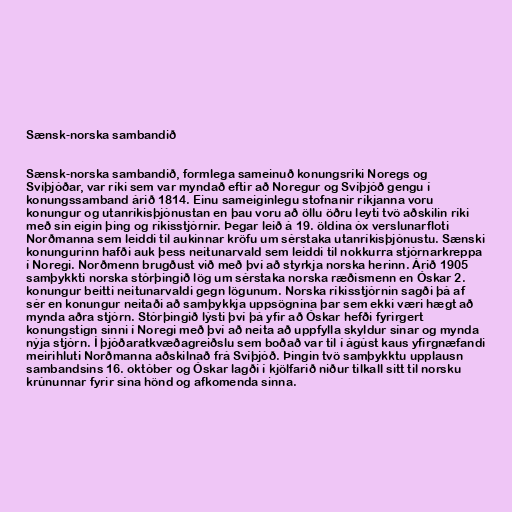
Sænsk-norska sambandið

Sænsk-norska sambandið, formlega sameinuð konungsríki Noregs og
Svíþjóðar, var ríki sem var myndað eftir að Noregur og Svíþjóð gengu í
konungssamband árið 1814. Einu sameiginlegu stofnanir ríkjanna voru
konungur og utanríkisþjónustan en þau voru að öllu öðru leyti tvö aðskilin ríki
með sín eigin þing og ríkisstjórnir. Þegar leið á 19. öldina óx verslunarfloti
Norðmanna sem leiddi til aukinnar kröfu um sérstaka utanríkisþjónustu. Sænski
konungurinn hafði auk þess neitunarvald sem leiddi til nokkurra stjórnarkreppa
í Noregi. Norðmenn brugðust við með því að styrkja norska herinn. Árið 1905
samþykkti norska stórþingið lög um sérstaka norska ræðismenn en Óskar 2.
konungur beitti neitunarvaldi gegn lögunum. Norska ríkisstjórnin sagði þá af
sér en konungur neitaði að samþykkja uppsögnina þar sem ekki væri hægt að
mynda aðra stjórn. Stórþingið lýsti því þá yfir að Óskar hefði fyrirgert
konungstign sinni í Noregi með því að neita að uppfylla skyldur sínar og mynda
nýja stjórn. Í þjóðaratkvæðagreiðslu sem boðað var til í ágúst kaus yfirgnæfandi
meirihluti Norðmanna aðskilnað frá Svíþjóð. Þingin tvö samþykktu upplausn
sambandsins 16. október og Óskar lagði í kjölfarið niður tilkall sitt til norsku
krúnunnar fyrir sína hönd og afkomenda sinna.